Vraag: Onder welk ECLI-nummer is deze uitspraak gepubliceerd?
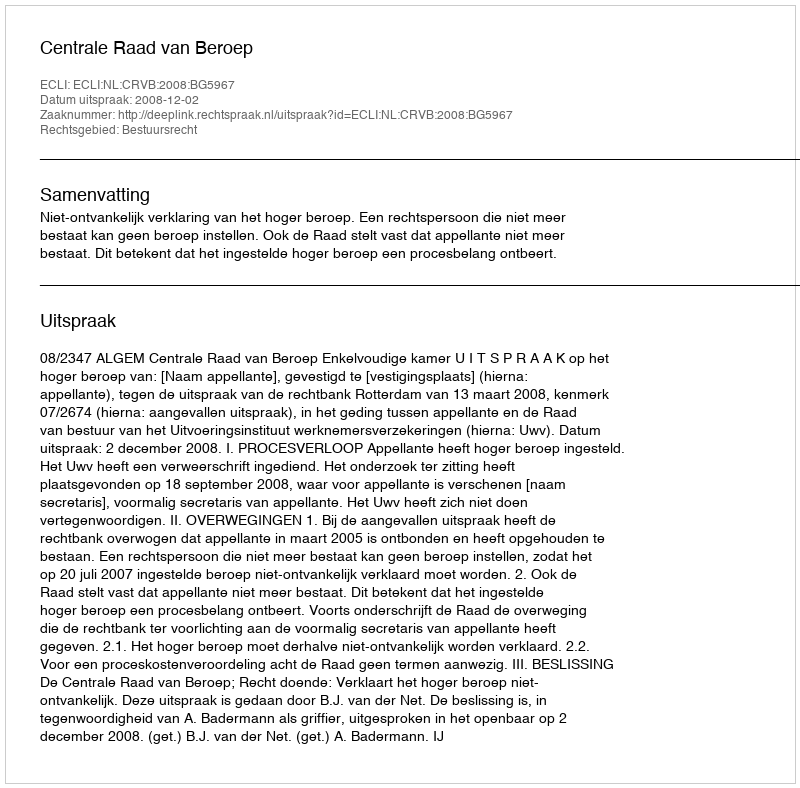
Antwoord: ECLI:NL:CRVB:2008:BG5967